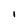
Character: l